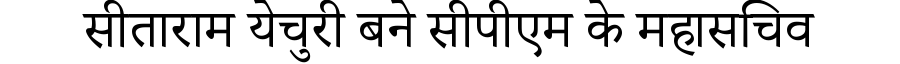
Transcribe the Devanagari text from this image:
सीताराम येचुरी बने सीपीएम के महासचिव